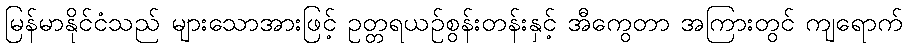
မြန်မာနိုင်ငံသည် များသောအားဖြင့် ဥတ္တရယဉ်စွန်းတန်းနှင့် အီကွေတာ အကြားတွင် ကျရောက်